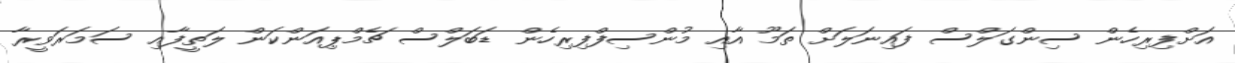
އަށްފިރިހެން ސިންގަލްސް ފައިނަލަށް ތަމޫ އާއި މުންސިފްފިރިހެން ޑަބަލްސް ޗެމްޕިއަންކަން ލަތީފާއިި ސަމަރަވީރާ